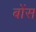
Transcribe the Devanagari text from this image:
बोंस